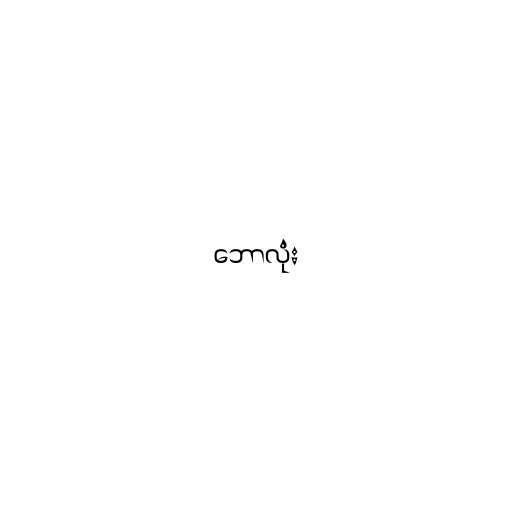
ဘောလုံး